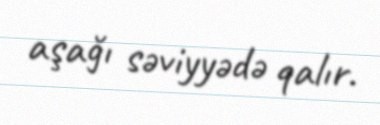
aşağı səviyyədə qalır.